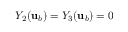
Y _ { 2 } ( { \mathbf { u } } _ { b } ) = Y _ { 3 } ( { \mathbf { u } } _ { b } ) = 0